system: You are a helpful assistant.
user:
Analyze the provided spectrum to determine if it is a **S-type Star**.

- **Key Indicators for S-type Star:**

    - **(Overall Spectrum Shape):** The first and most obvious characteristic is the overall continuum (the "baseline" shape). It is **extremely "red-sloping,"** meaning the flux (light intensity) is very low on the left side (blue, ~4000-4500 Å) and rises steeply and continuously toward the right side (red, ~7000 Å+).

    - **(Primary):** The spectrum is defined by the presence of strong, broad molecular absorption "valleys" (bands) from **Zirconium Oxide (ZrO)**. The identification of these bands is the **primary requirement** for classifying a star as S-type.
        - **(Key Bandheads):** You must find distinct, deep "dips" where the light has been absorbed. The most critical band systems to locate are:
            - **~6474 Å** ($\gamma$-system): This is often the strongest and clearest ZrO feature, found in the red part of the spectrum.
            - **~5718 Å** & **~5551 Å** ($\beta$-system): A pair of prominent absorption features in the yellow-orange part of the spectrum.
            - **~4640 Å** ($\alpha$-system): A key absorption band system in the blue-green region of the spectrum.

    - **(Secondary Confirmation):** The classification is strengthened by finding additional absorption bands from other related heavy element oxides, which are expected to be present alongside ZrO.
        - **(Key Bandheads):**
            - **Yttrium Oxide (YO):** Look for absorption dips near **~4800 Å** and **~6100 Å**.
            - **Lanthanum Oxide (LaO):** Additional absorption features, particularly in the red-orange part of the spectrum, are also characteristic.

    - **(Line Profile):** The combination of the steep red continuum and these numerous, deep molecular bands (ZrO, YO, etc.) gives the entire spectrum a very **"chopped-up"** or **"bumpy"** appearance. Instead of a smooth curve, the spectrum looks as though large, wide chunks of light have been "carved out" of it at the specific wavelengths listed above.

Think first, call **spectral_visualization_tool** if needed to examine features in detail, then provide your final answer. Your response must adhere to the following strict rules:
1.  **Overall Structure:** Your response must follow the format `<think>...</think> <tool_call>...</tool_call> (if a tool is used) <answer>...</answer>`.
2.  **Tool Usage Constraint:** You may only make **one** tool call per turn.
3.  **Final Answer Format:** In the `<answer>` tag, your conclusion must be inside a `\boxed{}` command (e.g., `\boxed{YES}` or `\boxed{NO}`), followed by your justification.

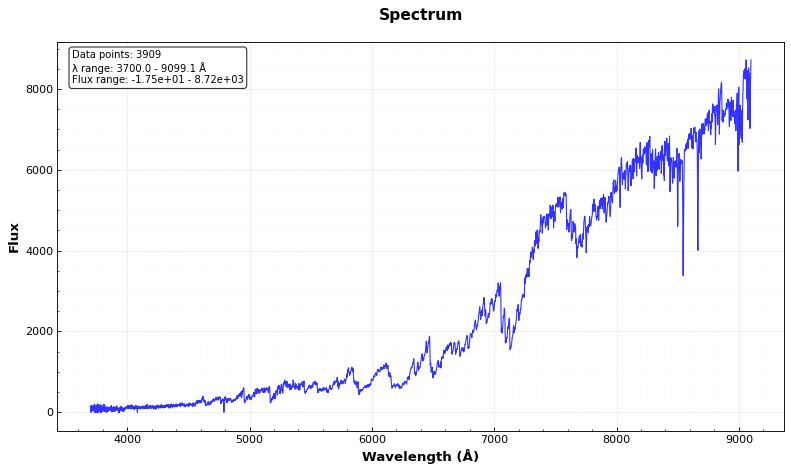
Answer: YES